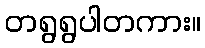
တရွရွပါတကား။